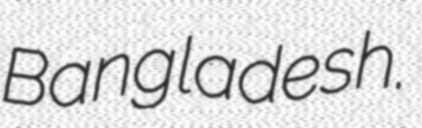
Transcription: Bangladesh.